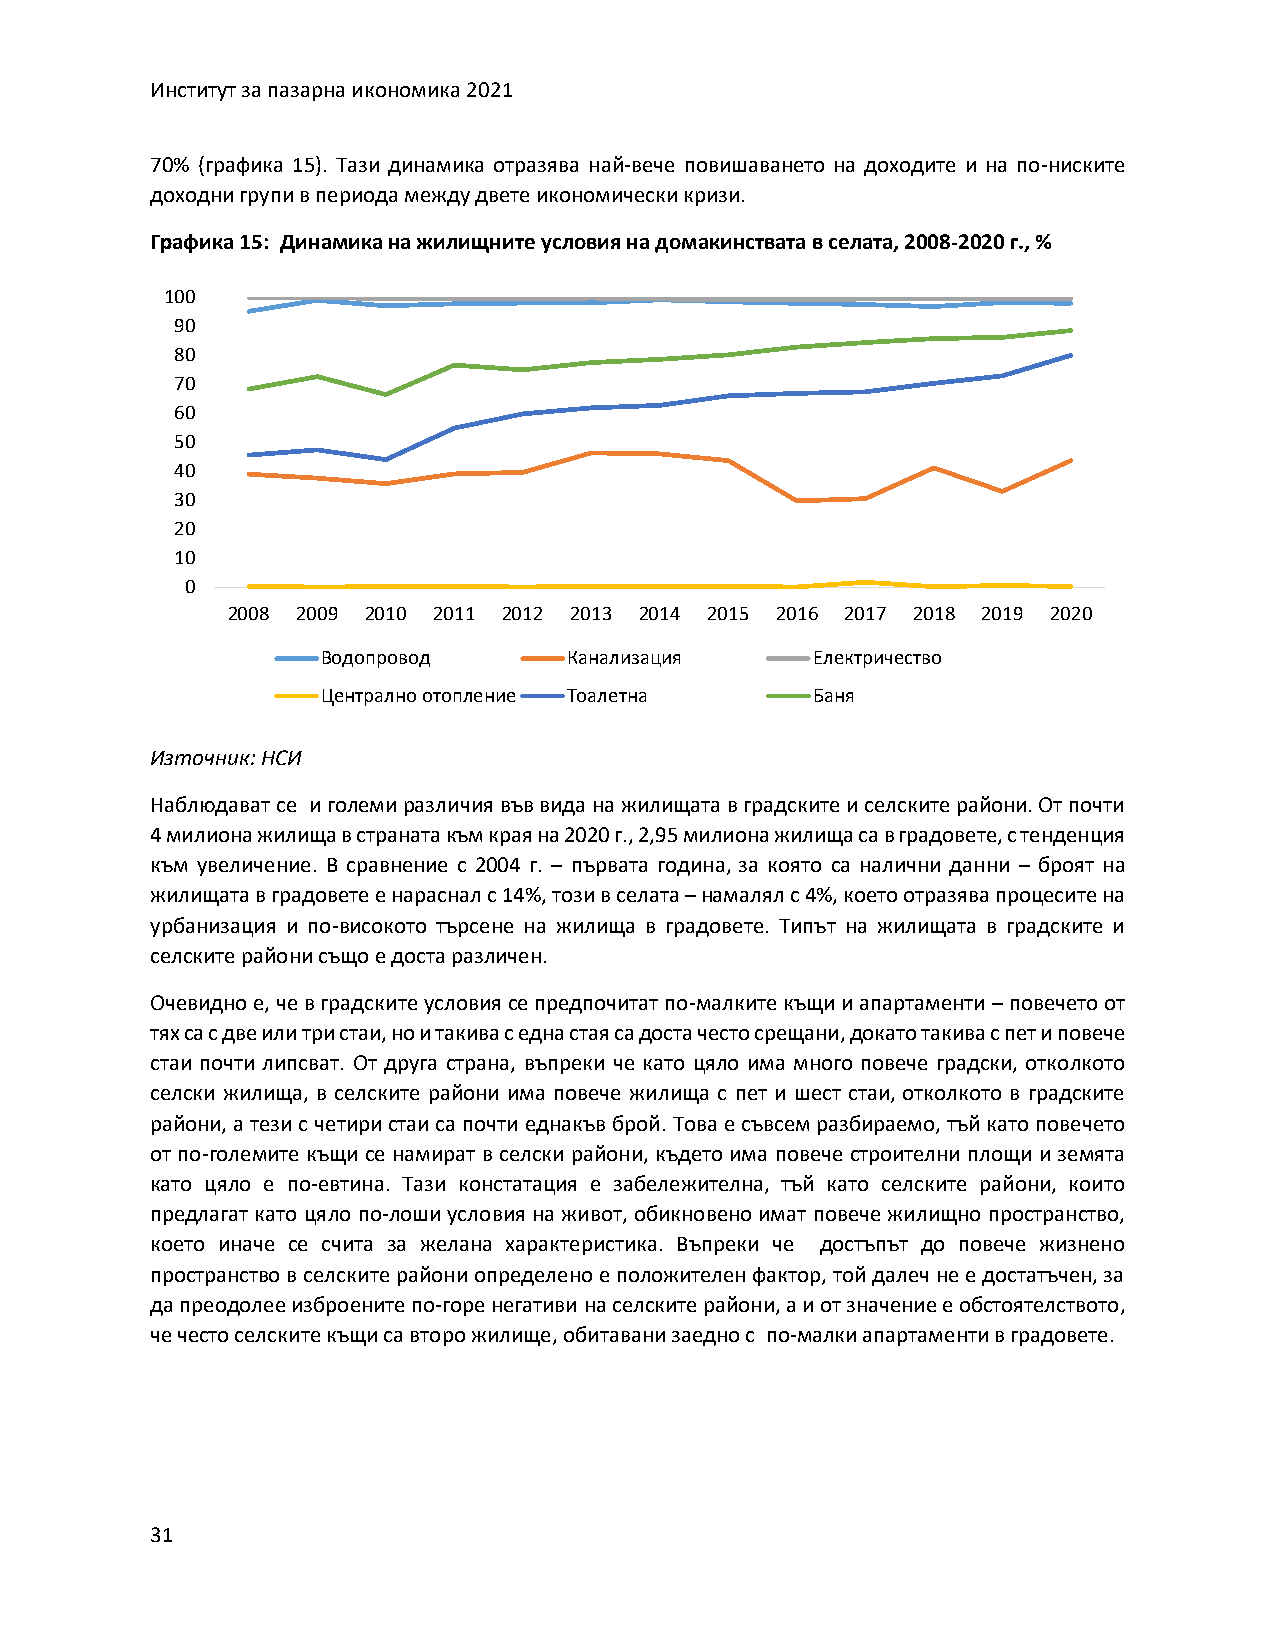
Институт за пазарна икономика 2021
 70% (графика 15). Тази динамика отразява най-вече повишаването на доходите и на по-ниските
 доходни групи в периода между двете икономически кризи.
 Графика 15: Динамика на жилищните условия на домакинствата в селата, 2008-2020 г., %
 100
 90
 80
 70
 60
 50
 40
 30
 20
 10
 0
 2008 2009 2010 2011 2012 2013 2014 2015 2016 2017 2018 2019 2020
 Водопровод       Канализация     Електричество
 Централно отопление Тоалетна     Баня
 Източник: НСИ
 Наблюдават се и големи различия във вида на жилищата в градските и селските райони. От почти
 4 милиона жилища в страната към края на 2020 г., 2,95 милиона жилища са в градовете, с тенденция
 към увеличение. В сравнение с 2004 г. – първата година, за която са налични данни – броят на
 жилищата в градовете е нараснал с 14%, този в селата – намалял с 4%, което отразява процесите на
 урбанизация и по-високото търсене на жилища в градовете. Типът на жилищата в градските и
 селските райони също е доста различен.
 Очевидно е, че в градските условия се предпочитат по-малките къщи и апартаменти – повечето от
 тях са с две или три стаи, но и такива с една стая са доста често срещани, докато такива с пет и повече
 стаи почти липсват. От друга страна, въпреки че като цяло има много повече градски, отколкото
 селски жилища, в селските райони има повече жилища с пет и шест стаи, отколкото в градските
 райони, а тези с четири стаи са почти еднакъв брой. Това е съвсем разбираемо, тъй като повечето
 от по-големите къщи се намират в селски райони, където има повече строителни площи и земята
 като цяло е по-евтина. Тази констатация е забележителна, тъй като селските райони, които
 предлагат като цяло по-лоши условия на живот, обикновено имат повече жилищно пространство,
 което иначе се счита за желана характеристика. Въпреки че достъпът до повече жизнено
 пространство в селските райони определено е положителен фактор, той далеч не е достатъчен, за
 да преодолее изброените по-горе негативи на селските райони, а и от значение е обстоятелството,
 че често селските къщи са второ жилище, обитавани заедно с по-малки апартаменти в градовете.
 31